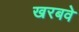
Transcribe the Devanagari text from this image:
खरबवे